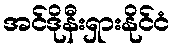
အင်ဒိုနီးရှားနိုင်ငံ